Document type: Dowry acquittance
Year: 1240
Scribe: Pere de Bages
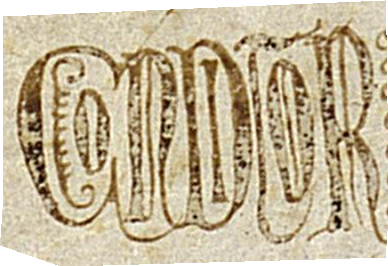
Conditor